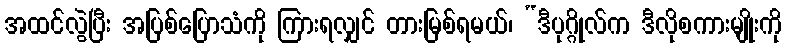
အထင်လွဲပြီး အပြစ်ပြောသံကို ကြားရလျှင် တားမြစ်ရမယ်၊ “ဒီပုဂ္ဂိုလ်က ဒီလိုစကားမျိုးကို